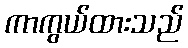
ကာကွယ်ထားသည်